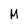
Character: M